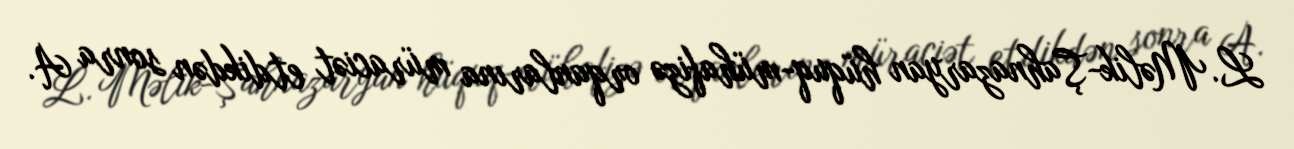
L. Məlik-Şahnazaryan hüquq-mühafizə orqanlarına müraciət etdikdən sonra A.